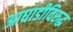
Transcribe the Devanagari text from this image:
आघाडीविरुद्ध